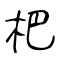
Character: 杷